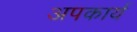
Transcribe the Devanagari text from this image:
अपकार्य